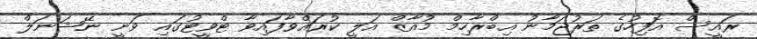
ރައީސް އޮފިހުގެ ތަރުޖަމާނު އިބްރާހިމް މުއާޒް އަލީ ކުރައްވާފައިވާ ޓްވީޓުގައި ވަނީ ނޭޝަނަލް